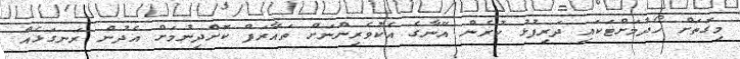
މިގޮތަށް ހޯދުމަށްޓަކައި ދަރިފުޅު ކުރެން އޭނާގެ އެކުވެރިންނަށް ތައާރަފް ކޮށްދިނުމަށް އެދުން ރަނގަޅެއް